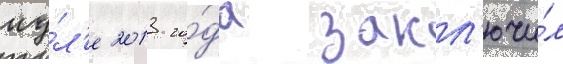
иу́л'е 2013 го́да закл'ючи́л